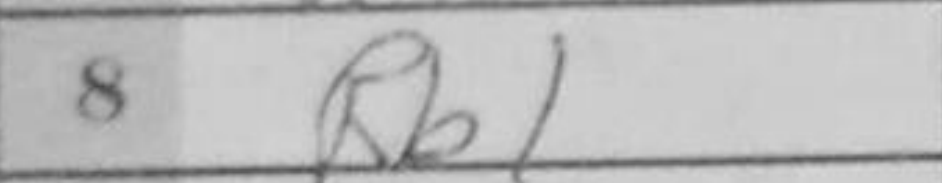
Transcription: Rb1